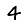
Digit: 4